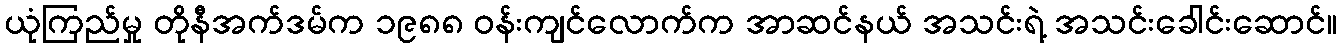
ယုံကြည်မှု တိုနီအက်ဒမ်က ၁၉၈၈ ဝန်းကျင်လောက်က အာဆင်နယ် အသင်းရဲ့ အသင်းခေါင်းဆောင်။